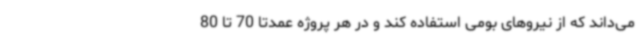
می‌داند که از نیروهای بومی استفاده کند و در هر پروژه عمدتا 70 تا 80